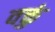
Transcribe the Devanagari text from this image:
वक्तुं